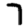
Digit: 7